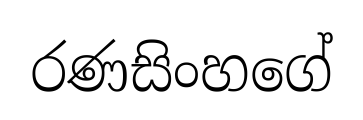
රණසිංහගේ